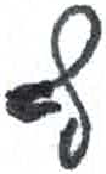
אות: ף